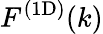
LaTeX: \mathinner{F^{\mathrm{(1D)}}\mathopen{\left(k\right)}}